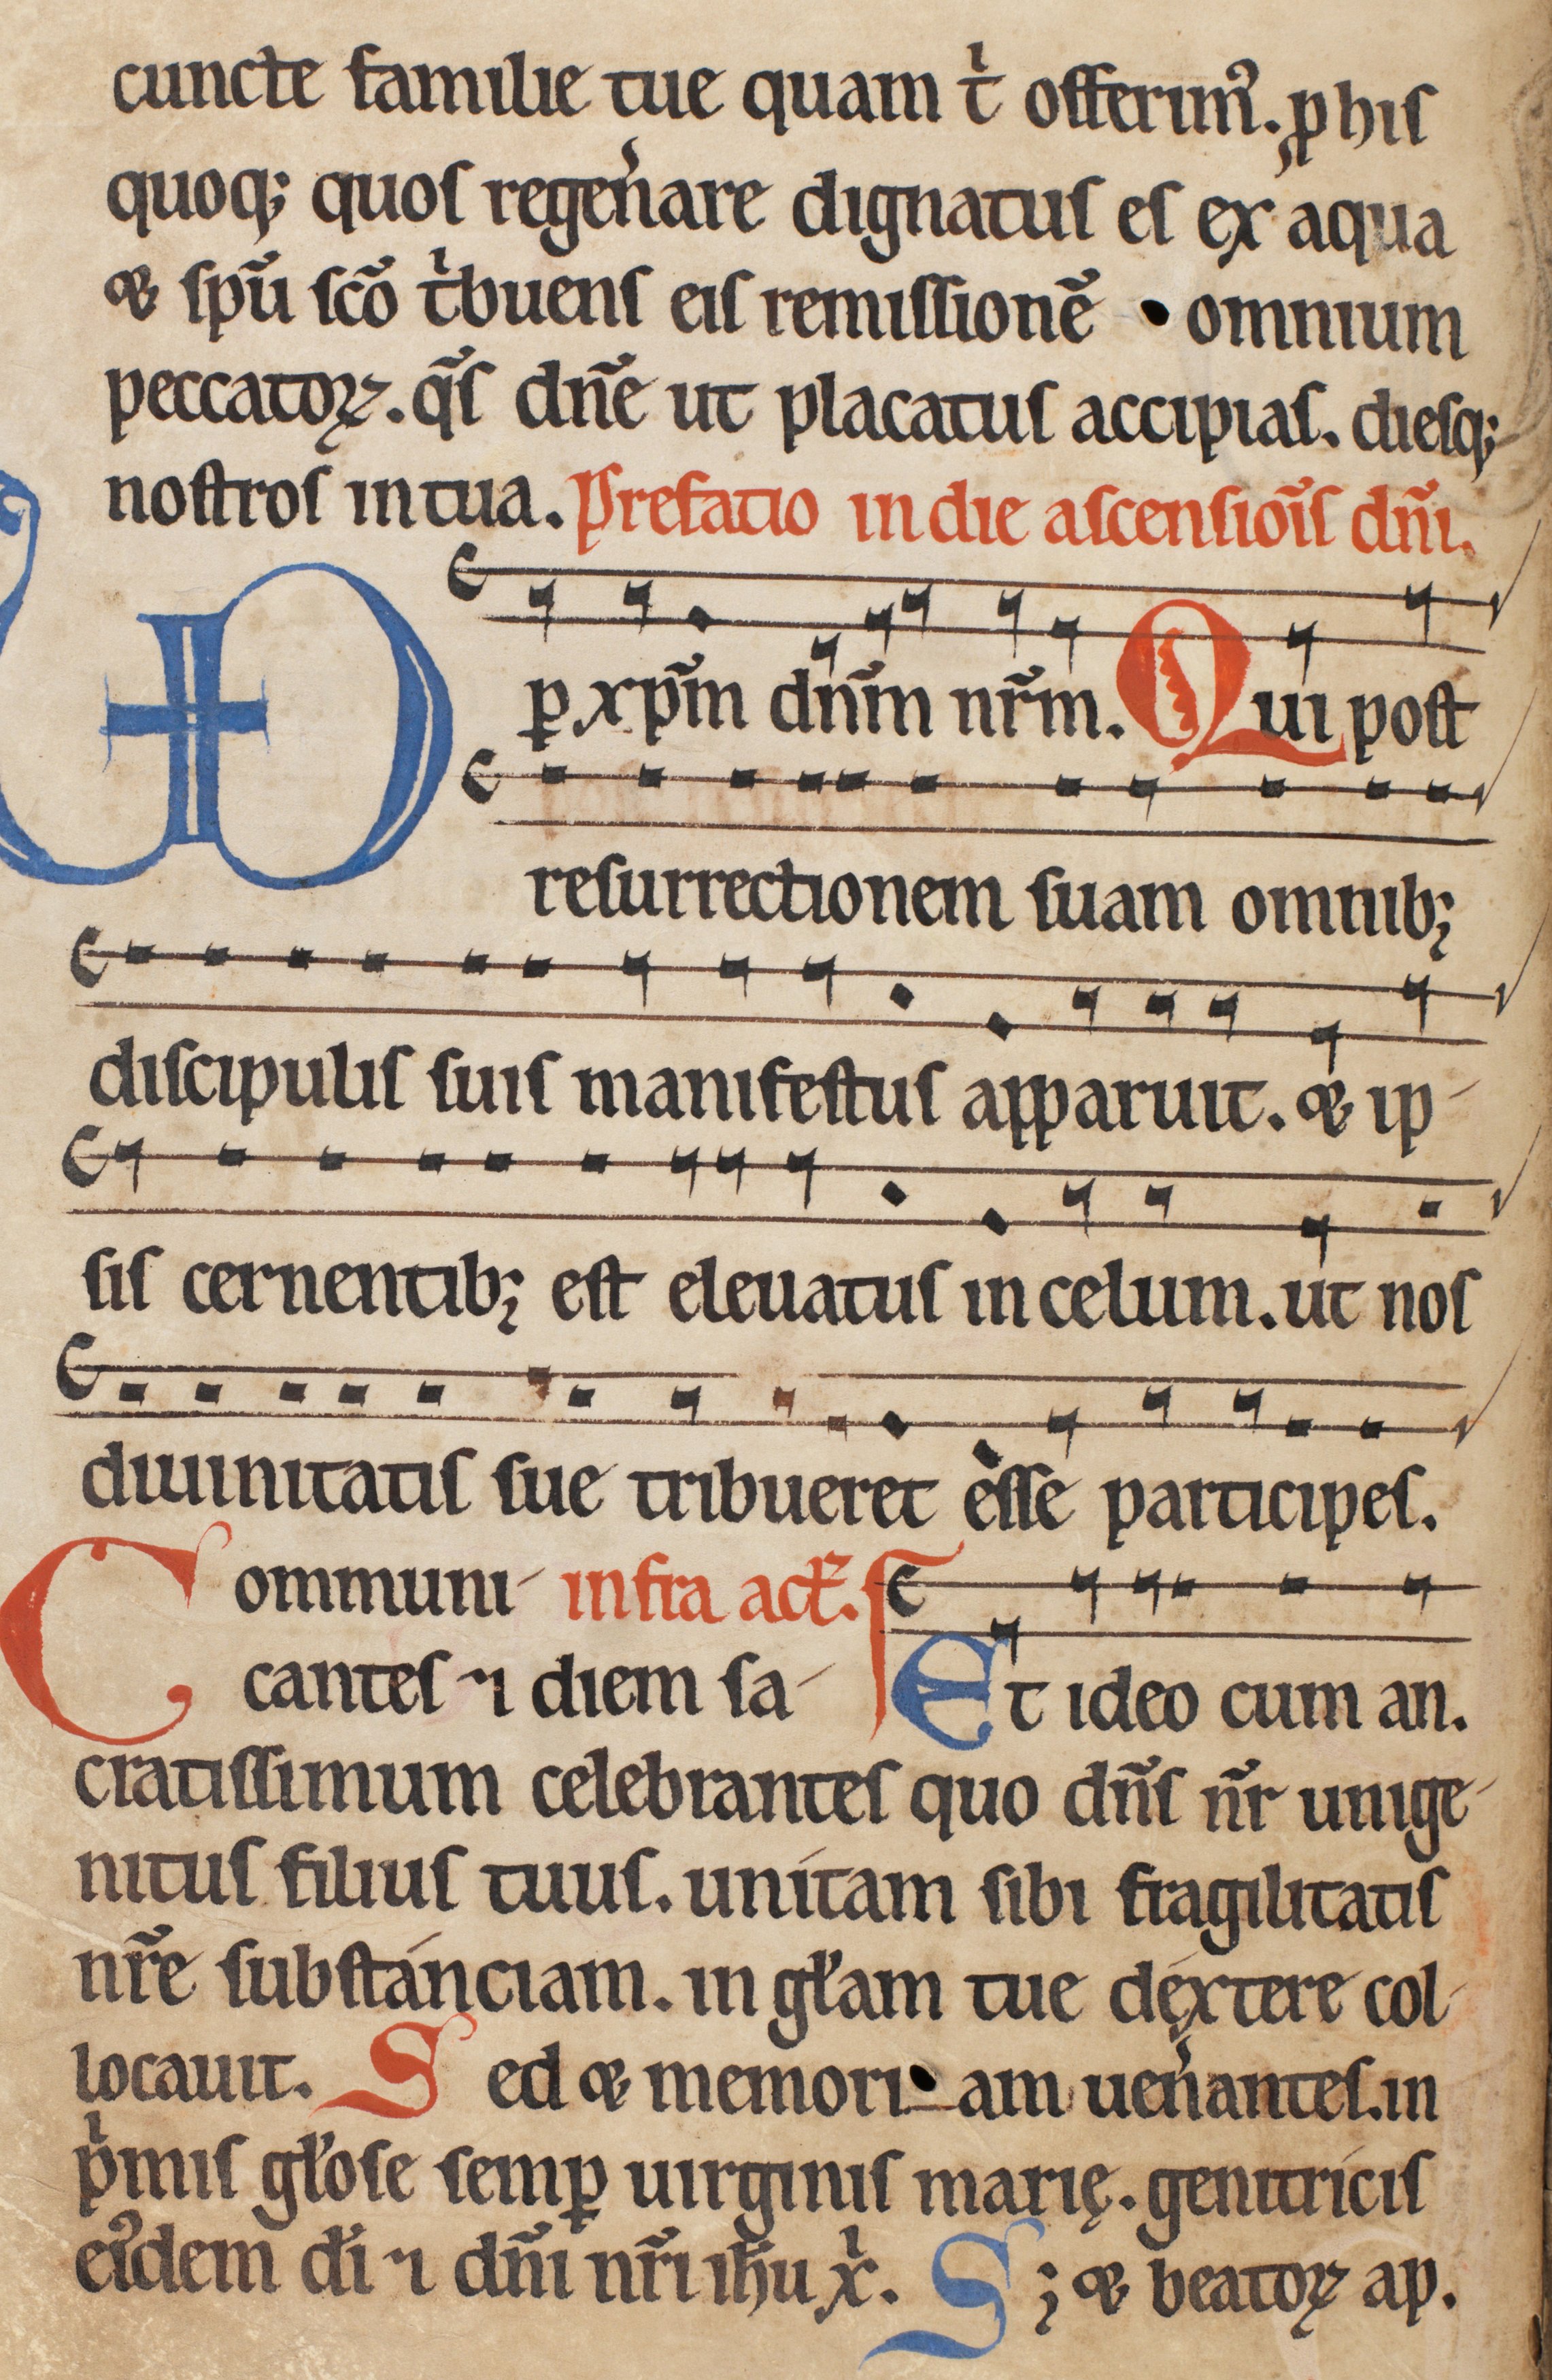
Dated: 1185–1215